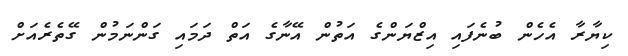
ކިޔާރާ އެހެން ބުނެފައި އިޒްޔަންގެ އަތުން އޭނާގެ އަތް ދަމައި ގަންނަމުން ގޭތެރެއަށް